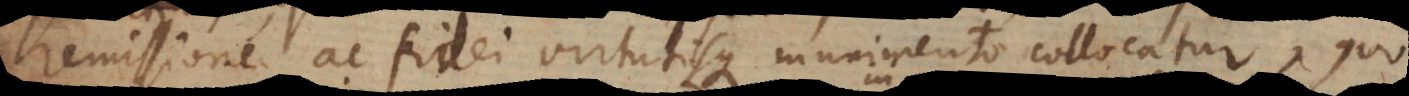
remissione ac fidei virtutisque munimento collocatur, quo